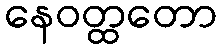
နေဝတ္ထတော